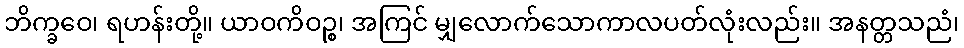
ဘိက္ခဝေ၊ ရဟန်းတို့။ ယာဝကိဝဉ္စ၊ အကြင် မျှလောက်သောကာလပတ်လုံးလည်း။ အနတ္တသညံ၊